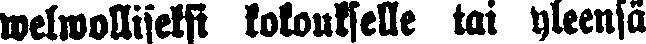
welwolliseksi kokoukselle tai yleensä